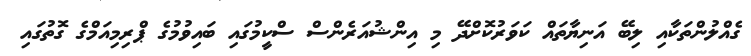
ގެއްލުންތަކާއި ލިބޭ އަނިޔާތައް ކަވަރުކޮށްދޭ މި އިންޝުއަރެންސް ސްކީމުގައި ބައިވުމުގެ ޕްރިމިއަމްގެ ގޮތުގައި